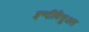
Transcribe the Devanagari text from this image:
इन्दीविसुअल